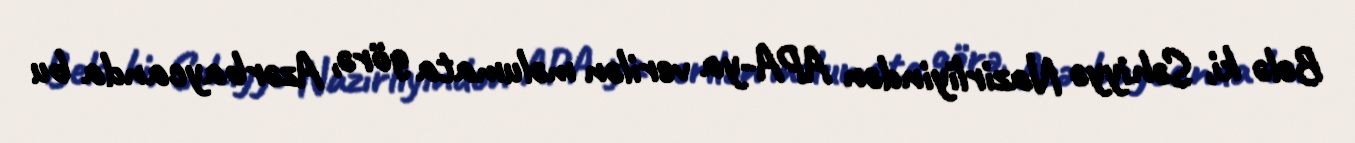
Belə ki, Səhiyyə Nazirliyindən APA-ya verilən məlumata görə, Azərbaycanda bu